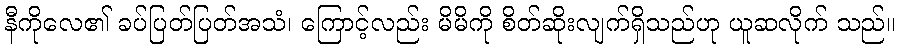
နီကိုလေ၏ ခပ်ပြတ်ပြတ်အသံ၊ ကြောင့်လည်း မိမိကို စိတ်ဆိုးလျက်ရှိသည်ဟု ယူဆလိုက် သည်။